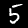
Digit: 5